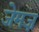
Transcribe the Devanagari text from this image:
जेमज़